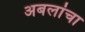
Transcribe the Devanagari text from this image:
अबलांचा